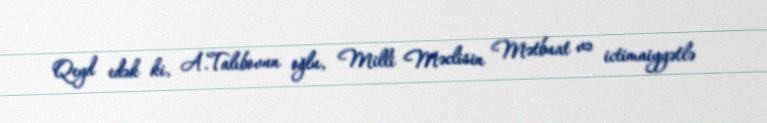
Qeyd edək ki, A.Talıbovun oğlu, Milli Məclisin Mətbuat və ictimaiyyətlə